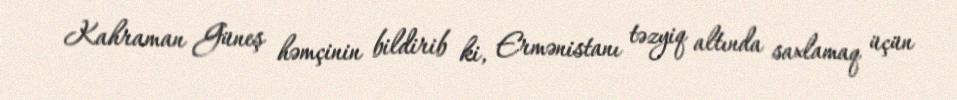
Kahraman Güneş həmçinin bildirib ki, Ermənistanı təzyiq altında saxlamaq üçün